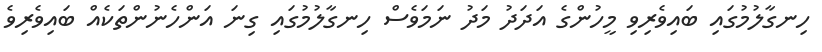
ހިނގާލުމުގައި ބައިވެރިވި މީހުންގެ އަދަދު މަދު ނަމަވެސް ހިނގާލުމުގައި ގިނަ އަންހެނުންތަކެއް ބައިވެރިވެ